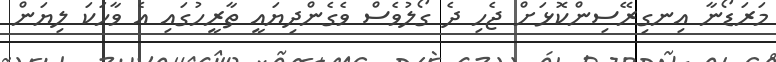
މަރަޑޯނާ އިނގިރޭސިންކޮޅަށް ޖެހި ދެ ގޯލުވެސް ވެގެންދިޔައީ ތާރީހުގައި އެ ވާހަކަ ލިޔަން